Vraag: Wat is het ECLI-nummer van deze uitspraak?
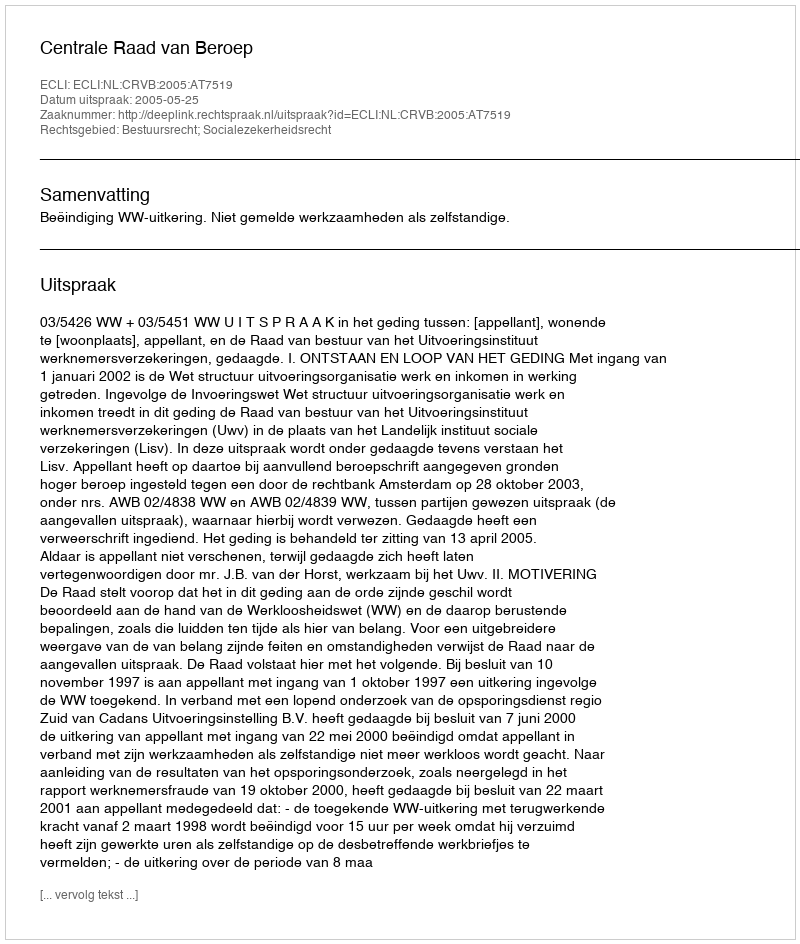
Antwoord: ECLI:NL:CRVB:2005:AT7519